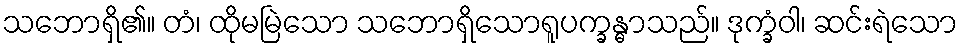
သဘောရှိ၏။ တံ၊ ထိုမမြဲသော သဘောရှိသောရူပက္ခန္ဓာသည်။ ဒုက္ခံဝါ၊ ဆင်းရဲသော